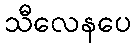
သီလေနပေ